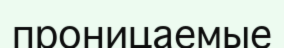
проницаемые